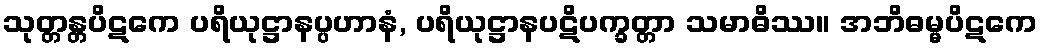
သုတ္တန္တပိဋကေ ပရိယုဋ္ဌာနပ္ပဟာနံ, ပရိယုဋ္ဌာနပဋိပက္ခတ္တာ သမာဓိဿ။ အဘိဓမ္မပိဋကေ